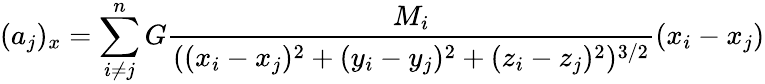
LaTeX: (a_{j})_{x}=\sum_{i\neq j}^{n}G{\frac{M_{i}}{((x_{i}-x_{j})^{2}+(y_{i}-y_{j})^{2}+(z_{i}-z_{j})^{2})^{3/2}}}(x_{i}-x_{j})